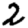
Digit: 2